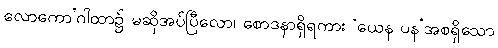
လောကော’ဂါထာ၌ မဆိုအပ်ပြီလော၊ စောဒနာရှိရကား ‘ယေန ပန’အစရှိသော